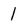
Character: 1